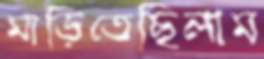
মাড়িতেছিলাম